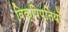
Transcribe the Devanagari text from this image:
विक्षिप्तियों